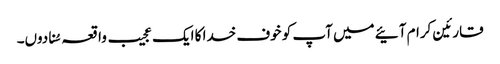
قارئین کرام آئیے میں آپ کو خوف خدا کا ایک عجیب واقعہ سُنا دوں۔